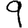
Digit: 9